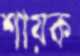
শায়ক